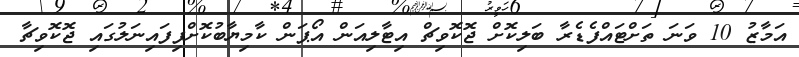
އަމާޒު 10 ވަނަ ތަށްޓައްފެެޑެރާ ބަލިކޮށް ޖޮކޮވިޗް އިޓާލިއަން އޯޕަން ކާމިޔާބުކޮށްފިފައިނަލުގައި ޖޮކޮވިޗާ